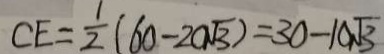
C E = \frac { 1 } { 2 } ( 6 0 - 2 0 \sqrt { 3 } ) = 3 0 - 1 0 \sqrt { 3 }